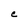
Character: C